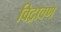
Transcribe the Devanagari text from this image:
विद्रावण